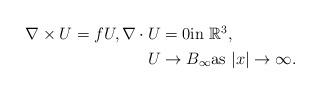
LaTeX: \begin{align*}\begin{aligned}\nabla \times U=fU,\nabla \cdot U&=0\textrm{in}\ \mathbb{R}^{3}, \\U&\to B_{\infty}\textrm{as}\ |x|\to\infty.\end{aligned}\end{align*}